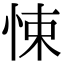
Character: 悚